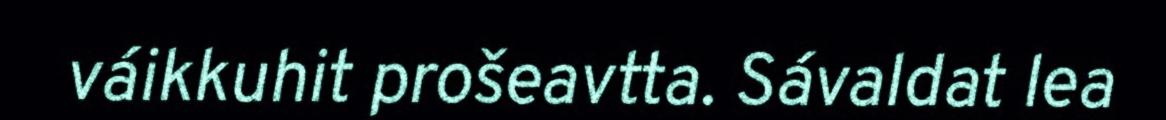
váikkuhit prošeavtta. Sávaldat lea